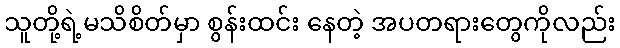
သူတို့ရဲ့မသိစိတ်မှာ စွန်းထင်း နေတဲ့ အပတရားတွေကိုလည်း